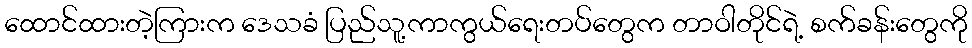
ထောင်ထားတဲ့ကြားက ဒေသခံ ပြည်သူ့ကာကွယ်ရေးတပ်တွေက တာဝါတိုင်ရဲ့ စက်ခန်းတွေကို